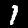
Label: 1